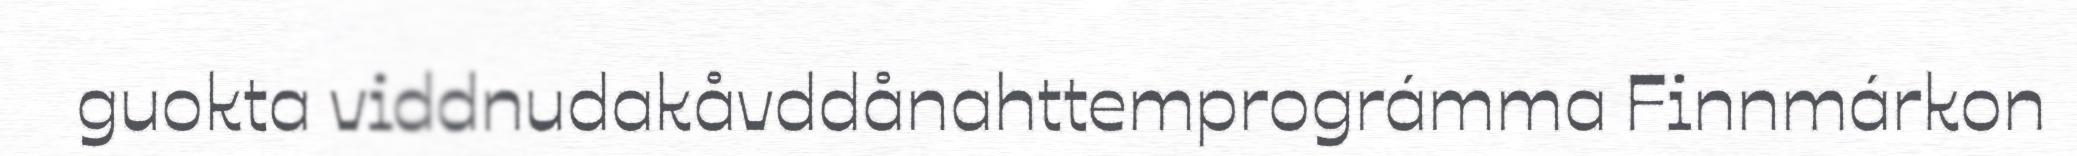
guokta viddnudakåvddånahttemprográmma Finnmárkon